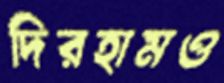
দিরহামও